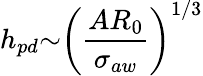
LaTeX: h_{pd}{\sim}\left(\frac{AR_{0}}{{\sigma}_{aw}}\right)^{1/3}